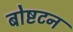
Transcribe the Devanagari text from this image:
बोष्टटन